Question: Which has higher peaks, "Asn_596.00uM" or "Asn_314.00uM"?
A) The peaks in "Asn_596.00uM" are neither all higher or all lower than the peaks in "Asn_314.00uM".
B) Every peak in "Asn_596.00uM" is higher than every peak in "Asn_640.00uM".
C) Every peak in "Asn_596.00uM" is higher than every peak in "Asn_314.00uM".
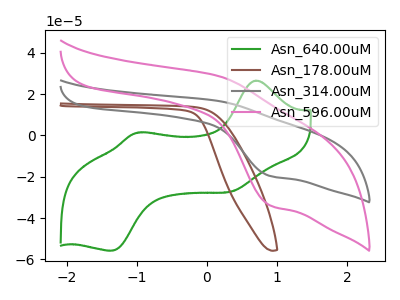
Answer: <think>The green curve "Asn_640.00uM" has anodic peaks at (0.70V, 26.55uA) (-0.95V, 1.50uA) and cathodic peaks at (0.40V, -26.60uA) (-1.35V, -55.70uA). The brown curve "Asn_178.00uM" has no peaks. The gray curve "Asn_314.00uM" has an anodic peak at (0.15V, 16.70uA) and a cathodic peak at (0.90V, -19.65uA). The pink curve "Asn_596.00uM" has an anodic peak at (0.15V, 28.80uA) and a cathodic peak at (0.90V, -33.90uA).</think>
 <answer>C) Every peak in "Asn_596.00uM" is higher than every peak in "Asn_314.00uM".</answer>
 <eval>C</eval>